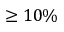
\geq 1 0 \%